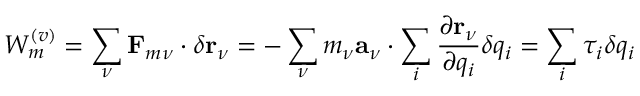
W _ { m } ^ { ( v ) } = \sum _ { \nu } \mathbf { F } _ { m \nu } \cdot \delta \mathbf { r } _ { \nu } = - \sum _ { \nu } m _ { \nu } \mathbf { a } _ { \nu } \cdot \sum _ { i } \frac { \partial \mathbf { r } _ { \nu } } { \partial q _ { i } } \delta q _ { i } = \sum _ { i } \tau _ { i } \delta q _ { i }